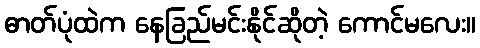
ဓာတ်ပုံထဲက နေခြည်မင်းနိုင်ဆိုတဲ့ ကောင်မလေး။